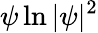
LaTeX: \psi\ln|\psi|^{2}